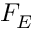
F _ { E }